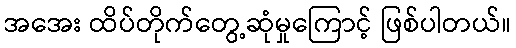
အအေး ထိပ်တိုက်တွေ့ဆုံမှုကြောင့် ဖြစ်ပါတယ်။